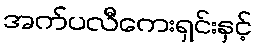
အက်ပလီကေးရှင်းနှင့်